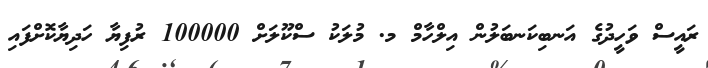
ރައީސް ވަހީދުގެ އަނބިކަނބަލުން އިލްހާމް މ. މުލަކު ސްކޫލަށް 100000 ރުފިޔާ ހަދިޔާކޮށްފައި